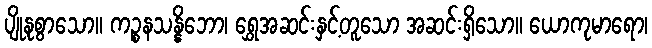
ပျိုနုစွာသော။ ကဉ္စနသန္နိဘော၊ ရွှေအဆင်းနှင့်တူသော အဆင်းရှိသော။ ယောကုမာရော၊